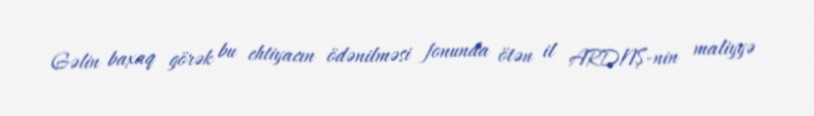
Gəlin baxaq görək bu ehtiyacın ödənilməsi fonunda ötən il ARDNŞ-nin maliyyə